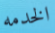
الخدمه